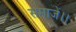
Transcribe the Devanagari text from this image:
समाजें।।